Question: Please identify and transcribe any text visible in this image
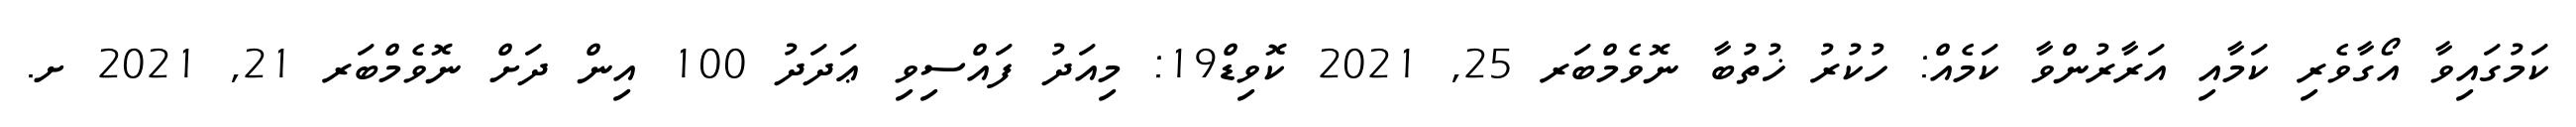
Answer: ކަމުގައިވާ އޯގާވެރި ކަމާއި އަރާރުންވާ ކަމެއް: ހުކުރު ޚުތުބާ ނޮވެމްބަރ 25, 2021 ކޮވިޑް19: މިއަދު ފައްސިވި ޢަދަދު 100 އިން ދަށް ނޮވެމްބަރ 21, 2021 ށ.